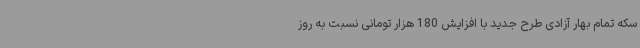
سکه تمام بهار آزادی طرح جدید با افزایش 180 هزار تومانی نسبت به روز